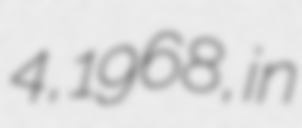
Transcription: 4, 1968, in